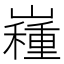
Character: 𡽯